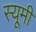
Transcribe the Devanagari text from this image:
स्यूमी